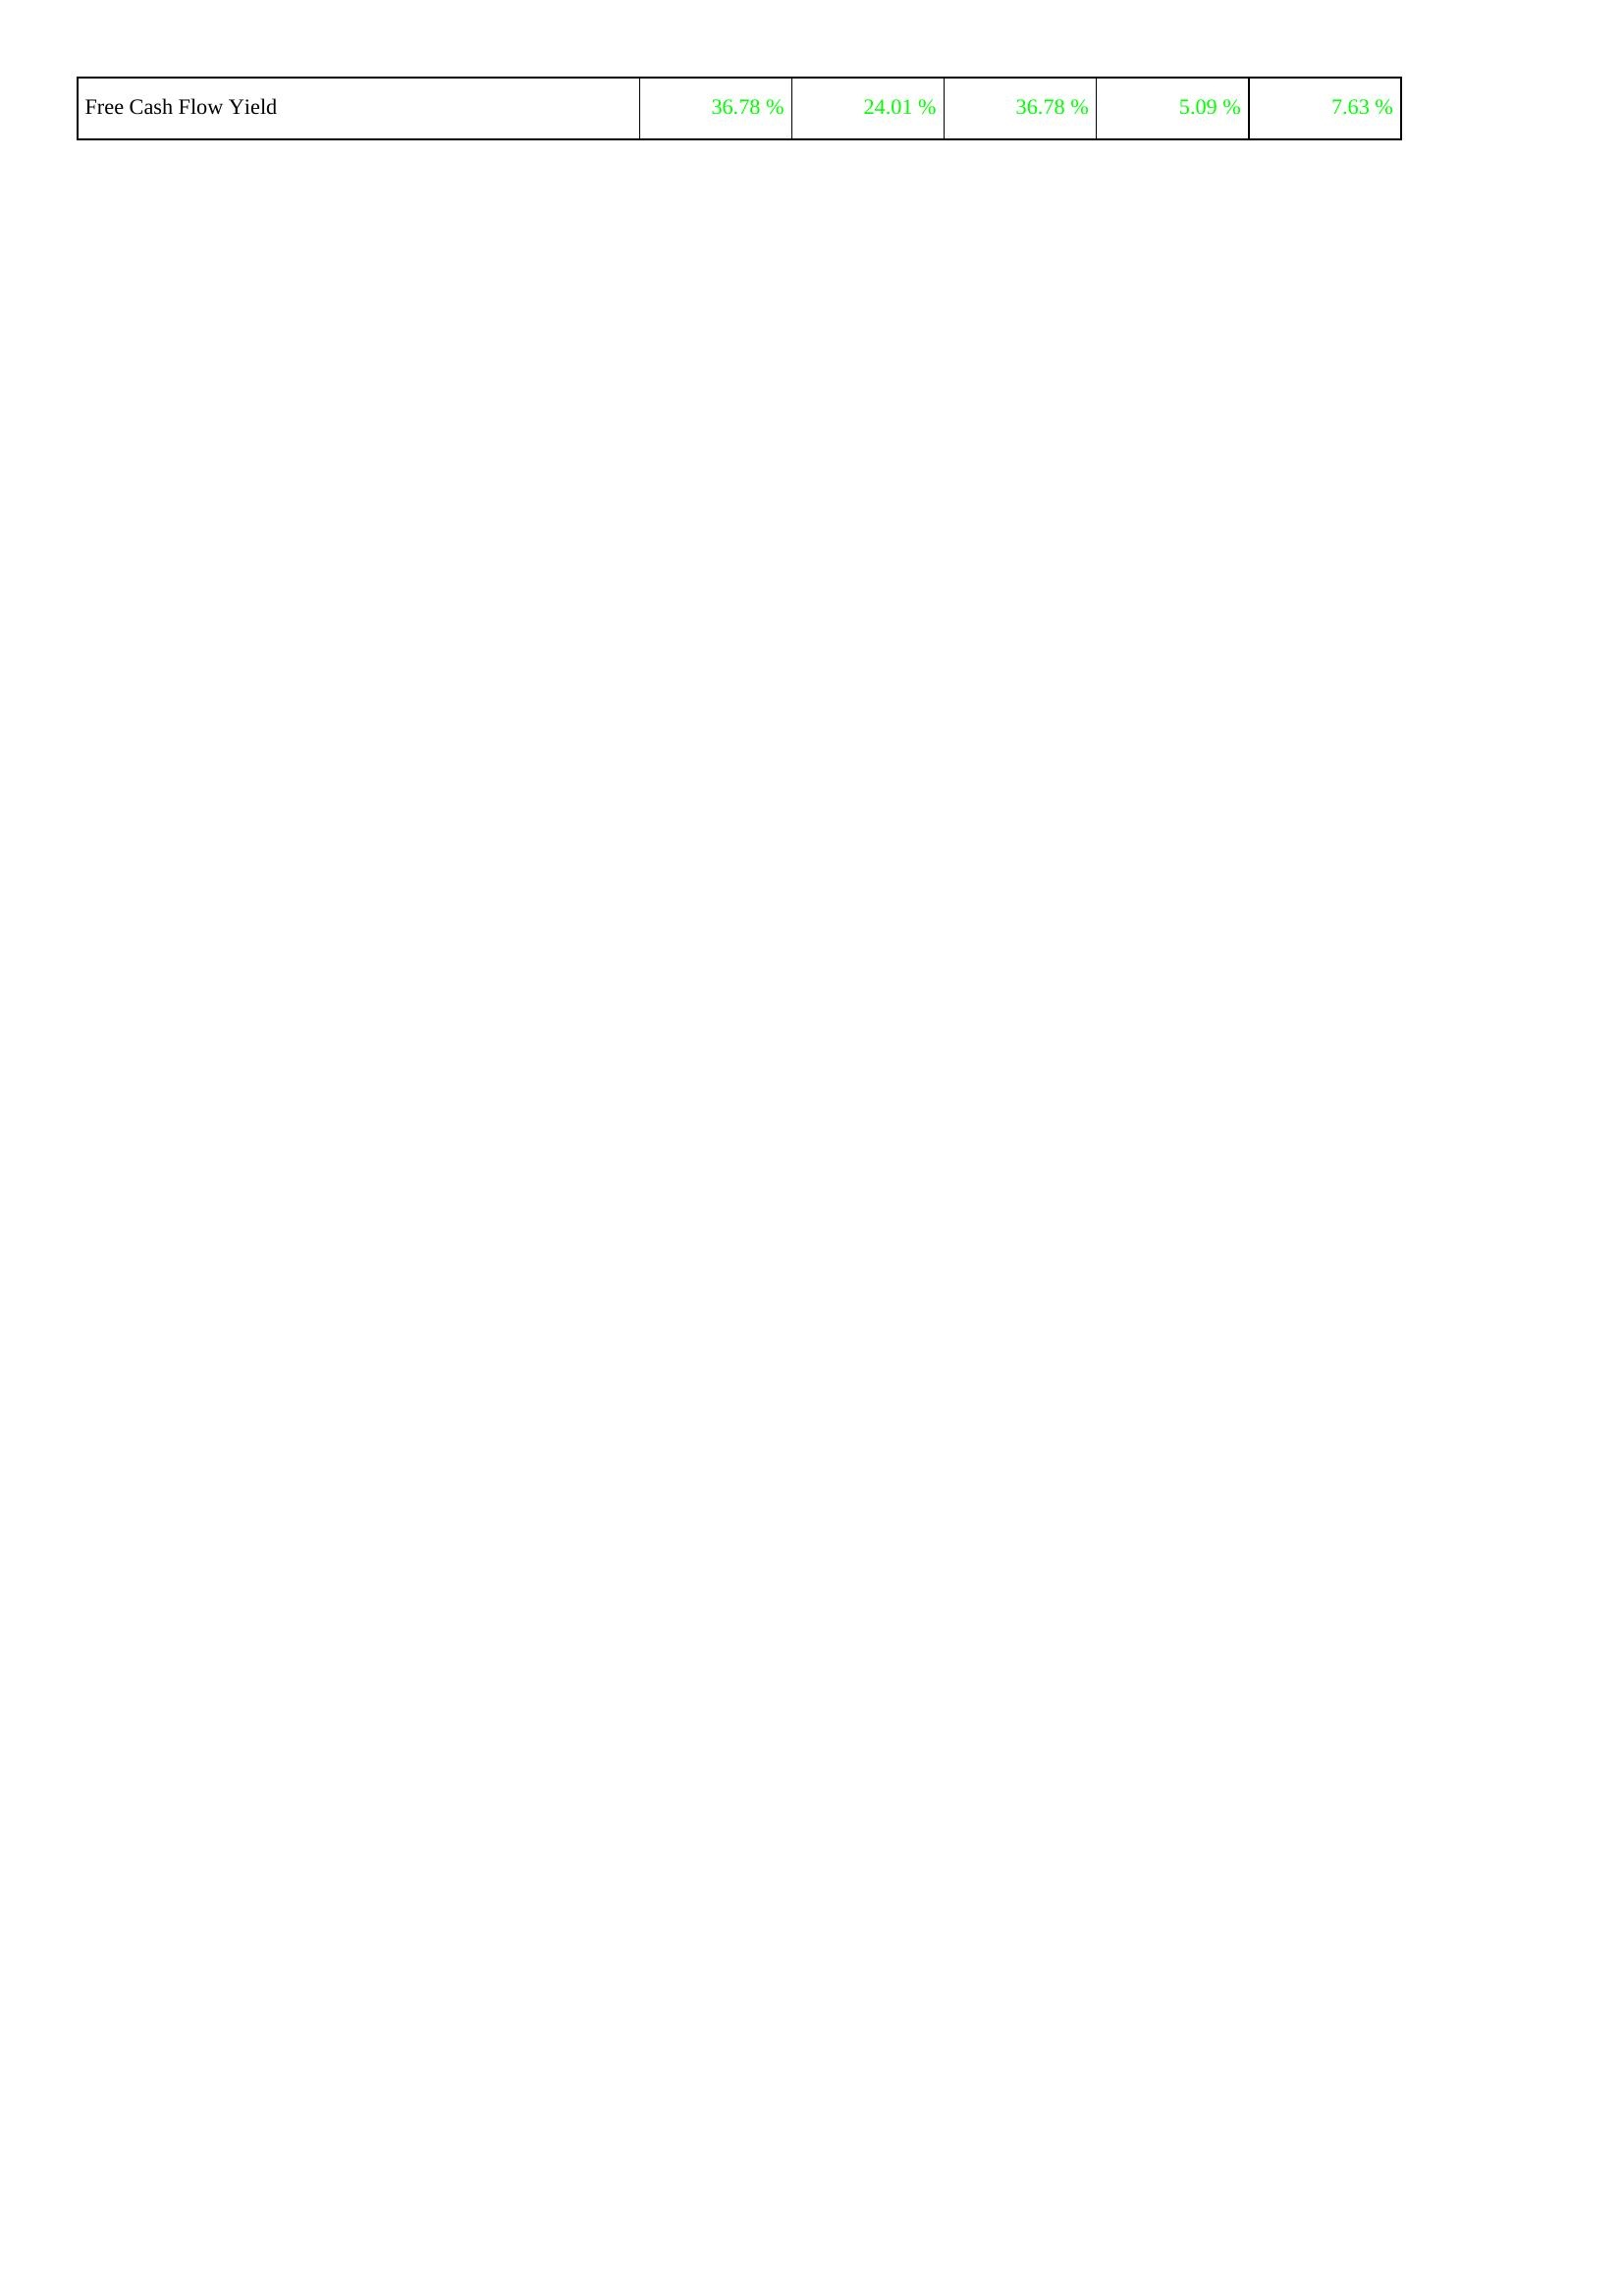
2022: Financing Activities: Free Cash Flow Yield: 36.78 %
2021: Financing Activities: Free Cash Flow Yield: 24.01 %
2020: Financing Activities: Free Cash Flow Yield: 36.78 %
2019: Financing Activities: Free Cash Flow Yield: 5.09 %
2018: Financing Activities: Free Cash Flow Yield: 7.63 %